Indian journal of veterinary science and animal husbandry - Volumes 18-21, 1948-1951
Year: 1948
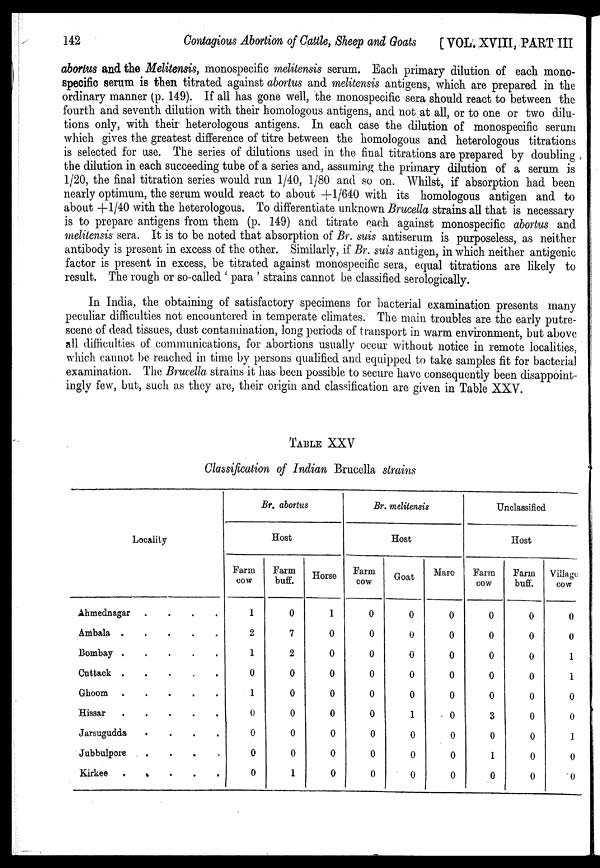
142
Contagious Abortion of Cattle, Sheep and Goats
[VOL. XVIII, PART III
abortus and the Melitensis, monospecific melitensis serum. Each primary dilution of each mono-
specific serum is then titrated against abortus and melitensis antigens, which are prepared in the
ordinary manner (p. 149). If all has gone well, the monospecific sera should react to between the
fourth and seventh dilution with their homologous antigens, and not at all, or to one or two dilu-
tions only, with their heterologous antigens. In each case the dilution of monospecific serum
which gives the greatest difference of titre between the homologous and heterologous titrations
is selected for use. The series of dilutions used in the final titrations are prepared by doubling
the dilution in each succeeding tube of a series and, assuming the primary dilution of a serum is
1/20, the final titration series would run 1/40, 1/80 and so on. Whilst, if absorption had been
nearly optimum, the serum would react to about +1/640 with its homologous antigen and to
about +1/40 with the heterologous. To differentiate unknown Brucella strains all that is necessary
is to prepare antigens from them (p. 149) and titrate each against monospecific abortus and
melitensis sera. It is to be noted that absorption of Br. suis antiserum is purposeless, as neither
antibody is present in excess of the other. Similarly, if Br. suis antigen, in which neither antigenic
factor is present in excess, be titrated against monospecific sera, equal titrations are likely to
result. The rough or so-called ' para ' strains cannot be classified serologically.
In India, the obtaining of satisfactory specimens for bacterial examination presents many
peculiar difficulties not encountered in temperate climates. The main troubles are the early putre-
scene of dead tissues, dust contamination, long periods of transport in warm environment, but above
all difficulties of communications, for abortions usually occur without notice in remote localities,
which cannot be reached in time by persons qualified and equipped to take samples fit for bacterial
examination. The Brucella strains it has been possible to secure have consequently been disappoint-
ingly few, but, such as they are, their origin and classification are given in Table XXV.
TABLE XXV
Classification of Indian Brucella strains
Locality
Ahmednagar
.
.
.
.
Ambala
.
.
.
.
.
Bombay
.
.
.
.
.
Cuttack
.
.
.
.
.
Ghoom
.
.
.
.
.
Hissar
.
.
.
.
.
Jarsugudda
.
.
.
.
Jubbulpore
.
.
.
.
Kirkee . . . . .
Br. abortus
Host
Farm
cow
1
2
1
0
1
0
0
0
0
Farm
buff.
0
7
2
0
0
0
0
0
1
Horse
1
0
0
0
0
0
0
0
0
Br. melitensis
Host
Farm
cow
0
0
0
0
0
0
0
0
0
Goat
0
0
0
0
0
1
0
0
0
Mare
0
0
0
0
0
0
0
0
0
Unclassified
Host
Farm
cow
0
0
0
0
0
3
0
1
0
Farm
buff.
0
0
0
0
0
0
0
0
0
Village
cow
0
0
1
1
0
0
1
0
0